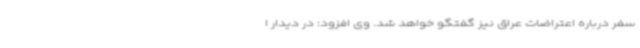
سفر درباره اعتراضات عراق نیز گفتگو خواهد شد. وی افزود: در دیدار ا